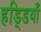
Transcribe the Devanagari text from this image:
हडि्डयाँ